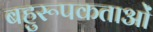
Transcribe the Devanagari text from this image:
बहुरूपकताओं